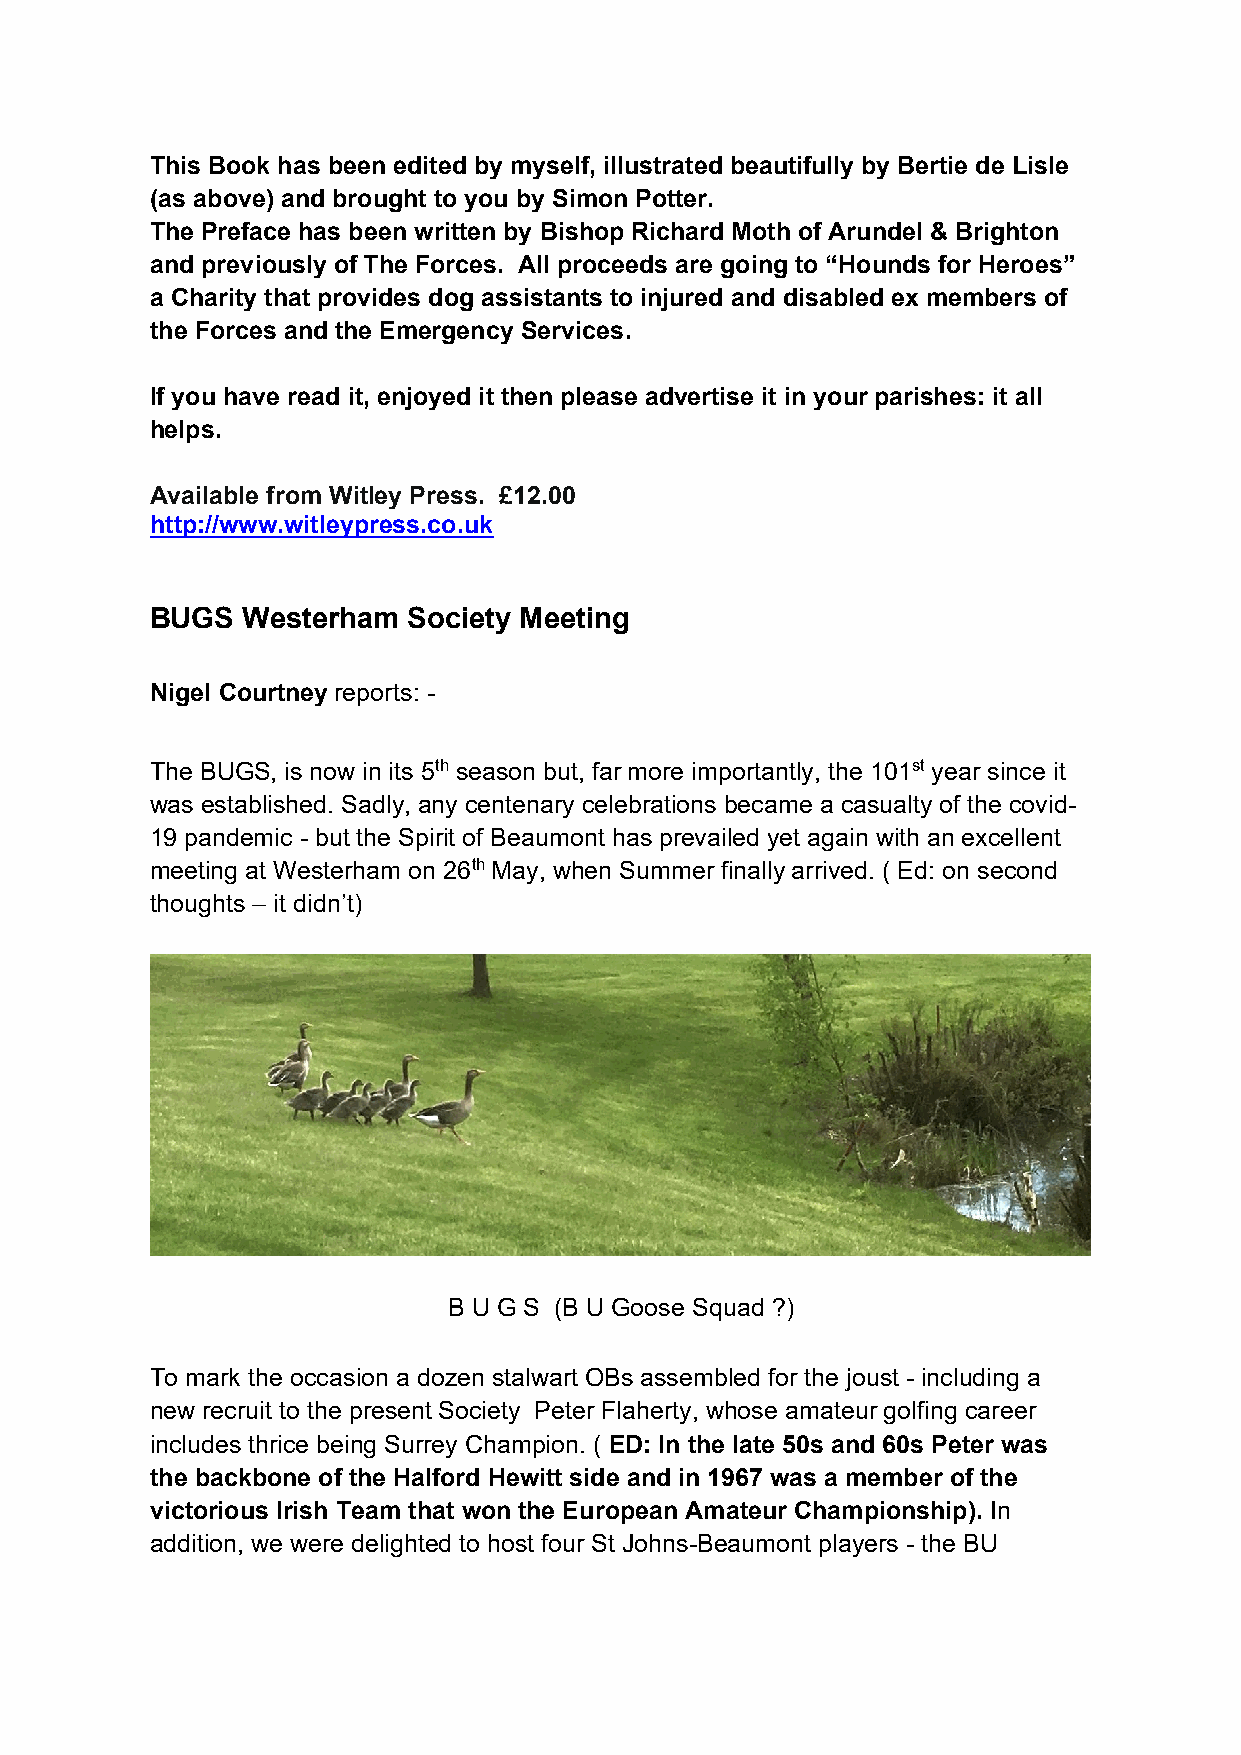
This Book has been edited by myself, illustrated beautifully by Bertie de Lisle
 (as above) and brought to you by Simon Potter.
 The Preface has been written by Bishop Richard Moth of Arundel & Brighton
 and previously of The Forces. All proceeds are going to “Hounds for Heroes”
 a Charity that provides dog assistants to injured and disabled ex members of
 the Forces and the Emergency Services.
 If you have read it, enjoyed it then please advertise it in your parishes: it all
 helps.
 Available from Witley Press. £12.00
 http://www.witleypress.co.uk
 BUGS  Westerham  Society Meeting
 Nigel Courtney reports: -
 The BUGS, is now in its 5th season but, far more importantly, the 101st year since it
 was established. Sadly, any centenary celebrations became a casualty of the covid-
 19 pandemic - but the Spirit of Beaumont has prevailed yet again with an excellent
 meeting at Westerham on 26th May, when Summer finally arrived. ( Ed: on second
 thoughts – it didn’t)
 B U G S (B U Goose Squad ?)
 To mark the occasion a dozen stalwart OBs assembled for the joust - including a
 new recruit to the present Society Peter Flaherty, whose amateur golfing career
 includes thrice being Surrey Champion. ( ED: In the late 50s and 60s Peter was
 the backbone of the Halford Hewitt side and in 1967 was a member of the
 victorious Irish Team that won the European Amateur Championship). In
 addition, we were delighted to host four St Johns-Beaumont players - the BU